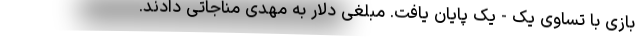
بازی با تساوی یک - یک پایان یافت. مبلغی دلار به مهدی مناجاتی دادند.